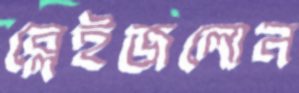
ব্লেইজলোন